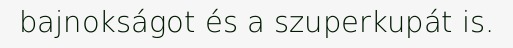
bajnokságot és a szuperkupát is.